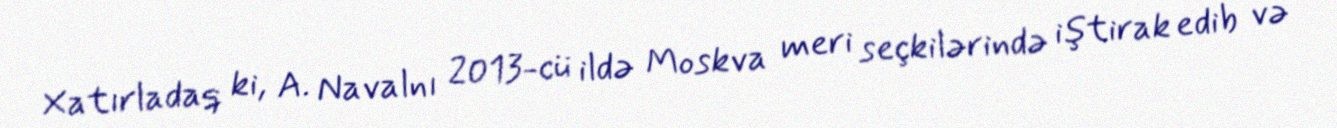
Xatırladaq ki, A. Navalnı 2013-cü ildə Moskva meri seçkilərində iştirak edib və